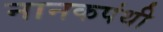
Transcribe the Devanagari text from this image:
नानकपंथी